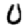
Digit: 0